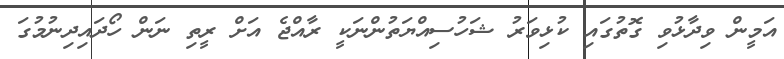
އަމީން ވިދާޅުވި ގޮތުގައި ކުޅިވަރު ޝަހުސިއްޔަތުންނަކީ ރާއްޖެ އަށް ރީތި ނަން ހޯދައިދިނުމުގަ